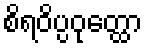
စိရဝိပ္ပဝုတ္ထော